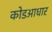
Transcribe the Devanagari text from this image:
कोडआधार